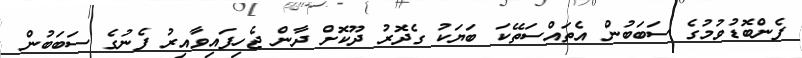
ފެންބޮޑުވުމުގެ ސަބަބުން އެތައްސަތޭކަ ބަޔަކު ގެދޮރު ދޫކޮށް ދާން ޖެހިފައިވާއިރު ފެނުގެ ސަބަބުން